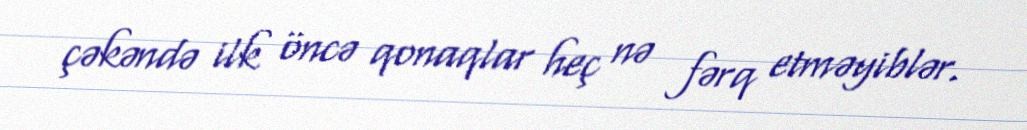
çəkəndə ilk öncə qonaqlar heç nə fərq etməyiblər.